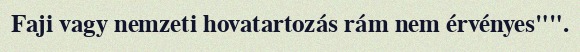
Faji vagy nemzeti hovatartozás rám nem érvényes"".